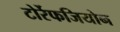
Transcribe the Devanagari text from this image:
टोर्रेफजियोन